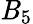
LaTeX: \mathit{B}_{5}